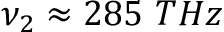
\nu _ { 2 } \approx 2 8 5 ~ T H z